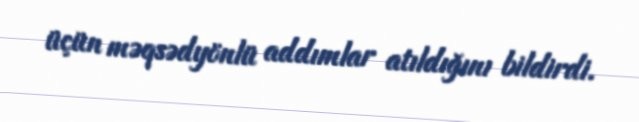
üçün məqsədyönlü addımlar atıldığını bildirdi.